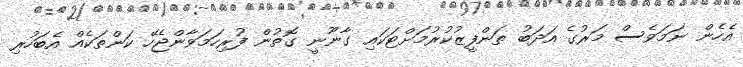
އެހެން ނަމަވެސް މަރުގެ އަދަބު ތަންފީޒުކުރުމަށްޓަކައި ގާނޫނީ ގޮތުން ފުރިހަމަވާންޖެހޭ ކަންތަކެއް އެބަހުރި